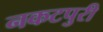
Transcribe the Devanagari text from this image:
नकटपुरी